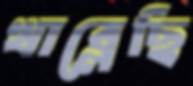
খাব্‌লেছি